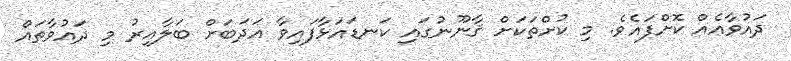
ދައުވާއެއް ކޮށްފައެވެ. މި ކުށްތަކަށް ޤާނޫނުގައި ކަނޑައަޅާފައިވާ އަދަބަށް ބަލާއިރު މި ދައުވާތައް